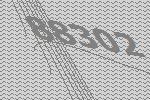
88302